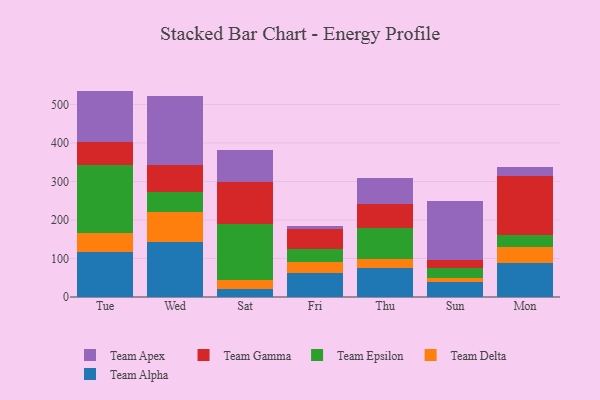
{"axis": {"x": "Day", "y": "Temperature (°C)"}, "legend": ["Team Alpha", "Team Apex", "Team Delta", "Team Epsilon", "Team Gamma"], "data": [{"x": "Tue", "y": 116.0, "type": "Team Alpha"}, {"x": "Tue", "y": 50.2, "type": "Team Delta"}, {"x": "Tue", "y": 175.7, "type": "Team Epsilon"}, {"x": "Tue", "y": 61.3, "type": "Team Gamma"}, {"x": "Tue", "y": 132.2, "type": "Team Apex"}, {"x": "Wed", "y": 143.5, "type": "Team Alpha"}, {"x": "Wed", "y": 76.7, "type": "Team Delta"}, {"x": "Wed", "y": 51.6, "type": "Team Epsilon"}, {"x": "Wed", "y": 71.5, "type": "Team Gamma"}, {"x": "Wed", "y": 178.1, "type": "Team Apex"}, {"x": "Sat", "y": 22.0, "type": "Team Alpha"}, {"x": "Sat", "y": 21.3, "type": "Team Delta"}, {"x": "Sat", "y": 145.8, "type": "Team Epsilon"}, {"x": "Sat", "y": 108.9, "type": "Team Gamma"}, {"x": "Sat", "y": 84.3, "type": "Team Apex"}, {"x": "Fri", "y": 62.5, "type": "Team Alpha"}, {"x": "Fri", "y": 28.9, "type": "Team Delta"}, {"x": "Fri", "y": 34.2, "type": "Team Epsilon"}, {"x": "Fri", "y": 51.6, "type": "Team Gamma"}, {"x": "Fri", "y": 6.9, "type": "Team Apex"}, {"x": "Thu", "y": 76.6, "type": "Team Alpha"}, {"x": "Thu", "y": 21.0, "type": "Team Delta"}, {"x": "Thu", "y": 82.1, "type": "Team Epsilon"}, {"x": "Thu", "y": 62.5, "type": "Team Gamma"}, {"x": "Thu", "y": 65.8, "type": "Team Apex"}, {"x": "Sun", "y": 39.6, "type": "Team Alpha"}, {"x": "Sun", "y": 10.9, "type": "Team Delta"}, {"x": "Sun", "y": 24.7, "type": "Team Epsilon"}, {"x": "Sun", "y": 19.9, "type": "Team Gamma"}, {"x": "Sun", "y": 155.5, "type": "Team Apex"}, {"x": "Mon", "y": 88.8, "type": "Team Alpha"}, {"x": "Mon", "y": 41.9, "type": "Team Delta"}, {"x": "Mon", "y": 30.2, "type": "Team Epsilon"}, {"x": "Mon", "y": 153.0, "type": "Team Gamma"}, {"x": "Mon", "y": 24.4, "type": "Team Apex"}]}